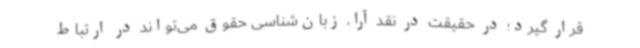
قرار گیرد؛ در حقیقت در نقد آرا، زبان‌شناسی حقوق می‌تواند در ارتباط